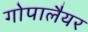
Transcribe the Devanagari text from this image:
गोपालैयर